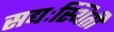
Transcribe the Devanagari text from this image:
सद्यःस्थिती